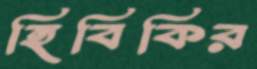
হিবিকির